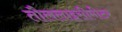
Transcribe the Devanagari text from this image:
तौललाइसीमीटर